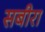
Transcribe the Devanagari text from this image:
सबीरा